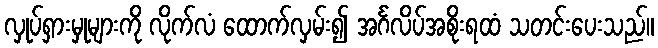
လှုပ်ရှားမှုများကို လိုက်လံ ထောက်လှမ်း၍ အင်္ဂလိပ်အစိုးရထံ သတင်းပေးသည်။